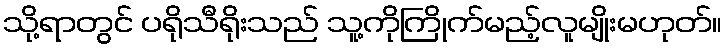
သို့ရာတွင် ပရိုသီရိုးသည် သူ့ကိုကြိုက်မည့်လူမျိုးမဟုတ်။